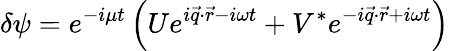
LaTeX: \delta\psi=e^{-i\mu t}\left(Ue^{i\vec{q}\cdot\vec{r}-i\omega t}+V^{*}e^{-i\vec{q}\cdot\vec{r}+i\omega t}\right)